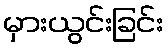
မှားယွင်းခြင်း